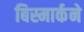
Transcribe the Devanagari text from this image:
बिस्मार्कने